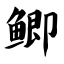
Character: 鲫